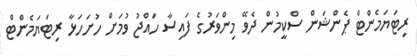
ރިޓަޔަމެންޓް ޕެންޝަން ސްކީމުން ދެވޭ މިންވަރުގެ ފައިސާ ހައްޖު ވުމަށް ހުށަހަޅާ ރިޓަޔަމެންޓް